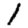
Digit: 1